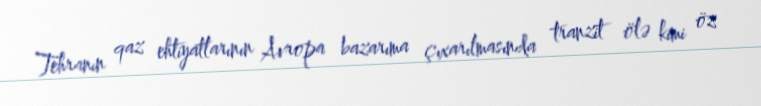
Tehranın qaz ehtiyatlarının Avropa bazarıma çıxarılmasında tranzit ölə kimi öz